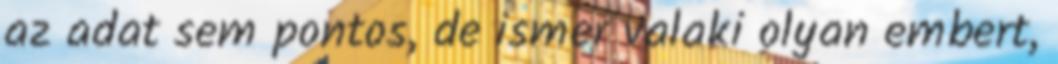
az adat sem pontos, de ismer valaki olyan embert,